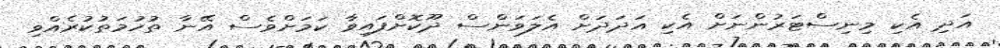
އަދި އެކި މިނިސްޓަރުންނަށް އެކި އަދަދަށް އެލަވަންސް ދޫކޮށްފައިވާ ކަމަށްވެސް އޭނާ ތުހުމަތުކުރެއްވި